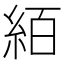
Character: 絔